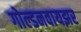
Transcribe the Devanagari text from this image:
गोल्डनवायझर